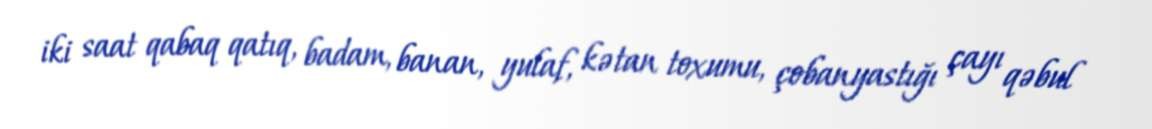
iki saat qabaq qatıq, badam, banan, yulaf, kətan toxumu, çobanyastığı çayı qəbul